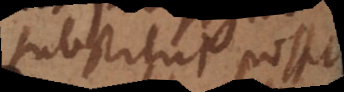
substitui possit